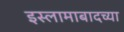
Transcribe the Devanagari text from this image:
इस्लामाबादच्या